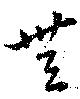
無